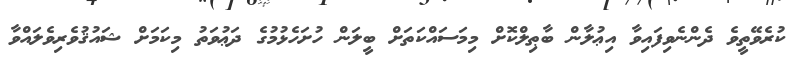
ކުރެވޭތީވެ ދެންނެވިފައިވާ އިޢުލާން ބާޠިލްކޮށް މިމަސައްކަަތަށް ބީލަން ހުށަހެޅުމުގެ ދަޢުވަތު މިކަމަށް ޝައުޤުވެރިވެލައްވާ